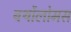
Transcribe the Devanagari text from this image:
बर्थोलोमस